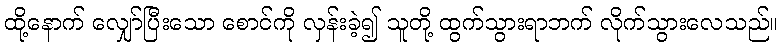
ထို့နောက် လျှော်ပြီးသော စောင်ကို လှန်းခဲ့၍ သူတို့ ထွက်သွားရာဘက် လိုက်သွားလေသည်။